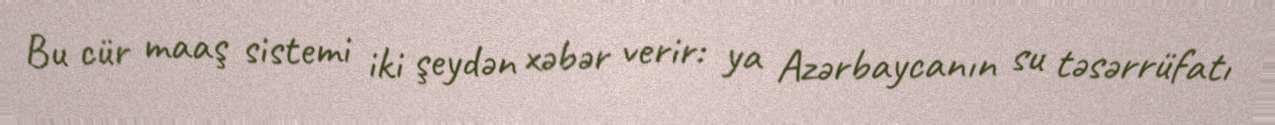
Bu cür maaş sistemi iki şeydən xəbər verir: ya Azərbaycanın su təsərrüfatı